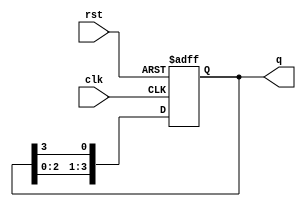
module ring_counter (
    input clk,
    input rst,
    output [3:0] q
);
    reg [3:0] q_reg;

    always @(posedge clk or posedge rst) begin
        if (rst)
            q_reg <= 4'b0001;
        else
            q_reg <= {q_reg[2:0], q_reg[3]};
    end

    assign q = q_reg;
endmodule